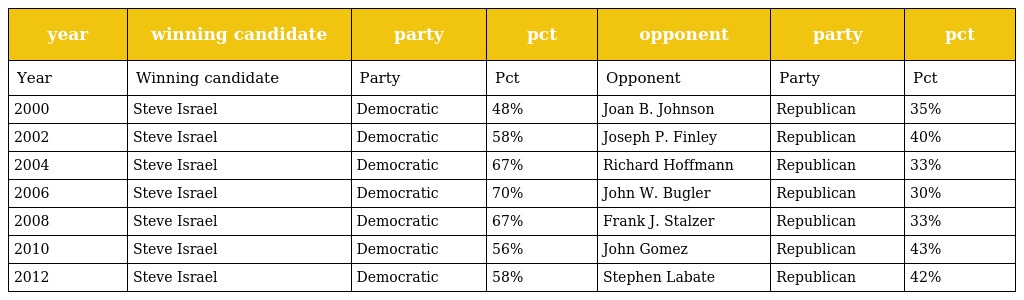
| year | winning candidate | party | pct | opponent | party | pct |
 | --- | --- | --- | --- | --- | --- | --- |
 | Year | Winning candidate | Party | Pct | Opponent | Party | Pct |
 | 2000 | Steve Israel | Democratic | 48% | Joan B. Johnson | Republican | 35% |
 | 2002 | Steve Israel | Democratic | 58% | Joseph P. Finley | Republican | 40% |
 | 2004 | Steve Israel | Democratic | 67% | Richard Hoffmann | Republican | 33% |
 | 2006 | Steve Israel | Democratic | 70% | John W. Bugler | Republican | 30% |
 | 2008 | Steve Israel | Democratic | 67% | Frank J. Stalzer | Republican | 33% |
 | 2010 | Steve Israel | Democratic | 56% | John Gomez | Republican | 43% |
 | 2012 | Steve Israel | Democratic | 58% | Stephen Labate | Republican | 42% |